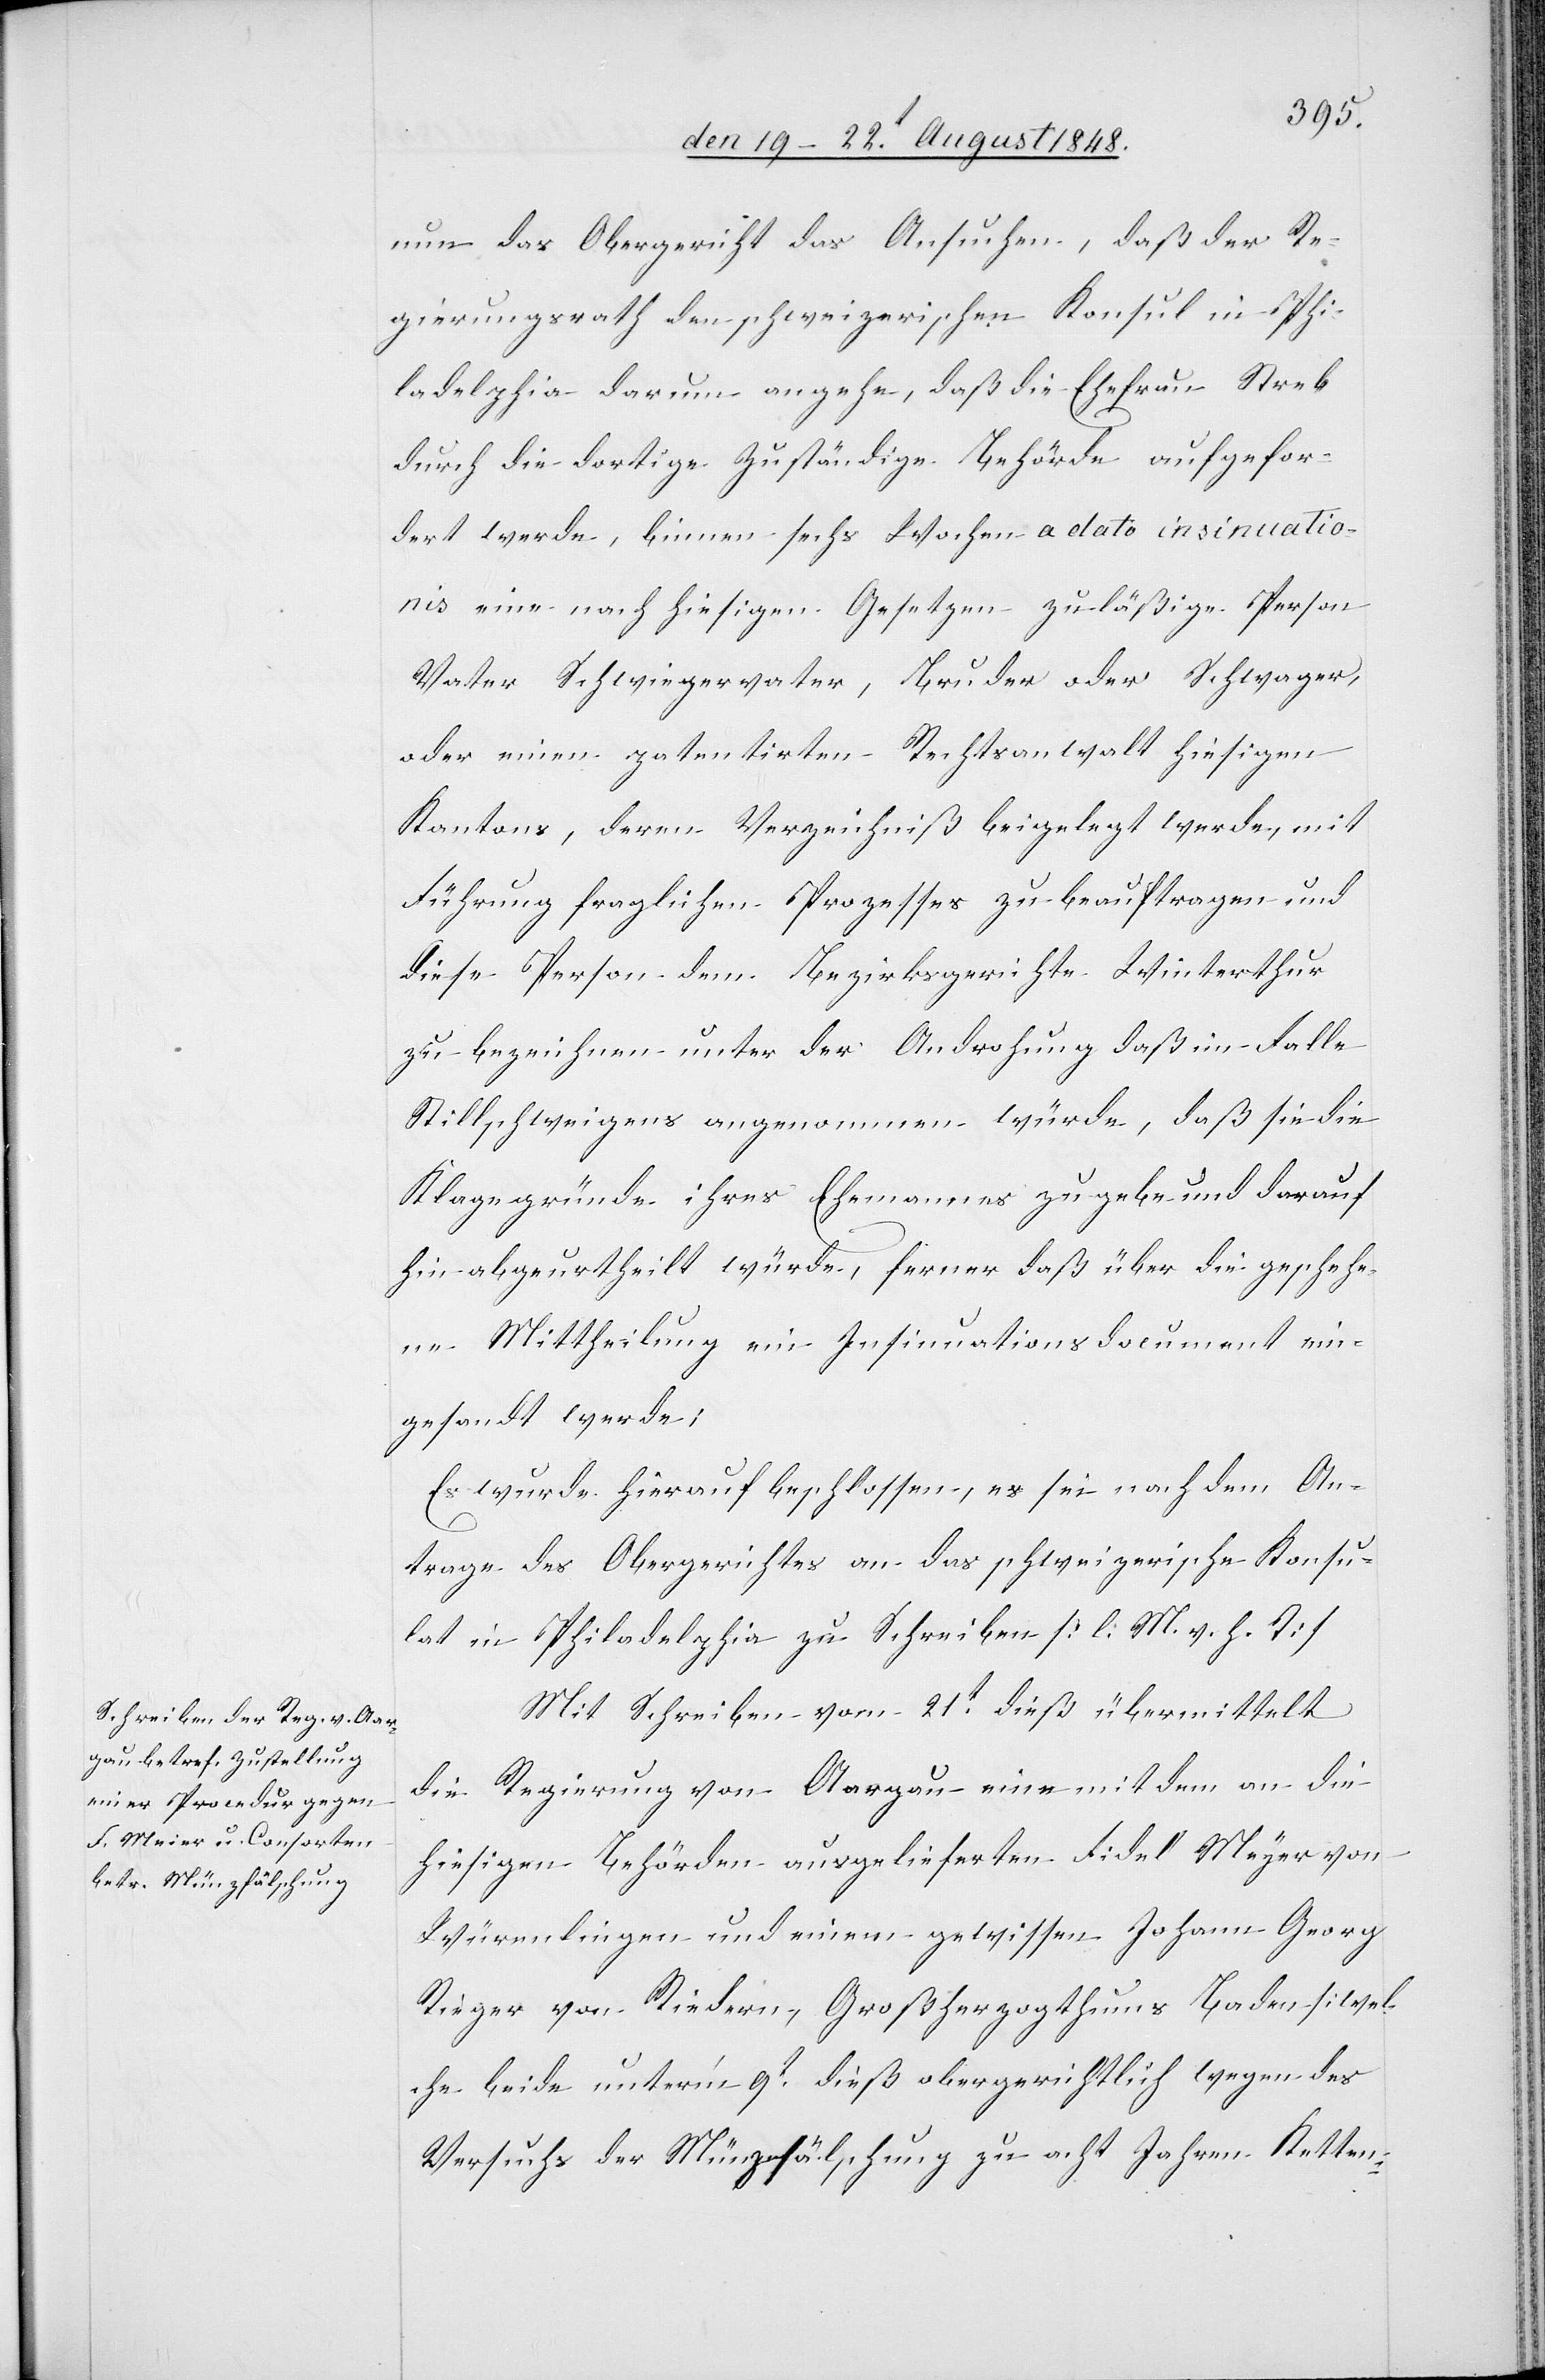
den 22t August 1848.]
nun das Obergericht das Ansuchen, daß der Re¬
gierungsrath den schweizerischen Konsul in Phi¬
ladelphia darum angehe, daß die Ehefrau Streb
durch die dortige zuständige Behörde aufgefor¬
dert werde, binnen sechs Wochen a dato insinuatio¬
nis eine nach hiesigen Gesetzen zuläßige Person
Vater Schwiegervater, Bruder oder Schwager,
oder einen patentirten Rechtsanwalt hiesigen
Kantons, deren Verzeichniß beigelegt werde, mit
Führung fraglichen Prozessen zu beauftragen und
diese Person dem Bezirksgerichte Winterthur
zu bezeichnen unter der Androhung daß im Falle
Stillschweigens angenommen würde, daß sie die
Klagegründe ihres Ehemannes zugebe und darauf
hin abgeurtheilt würde, ferner daß über die geschehe¬
ne Mittheilung ein Insinuationsdocument ein¬
gesandt werde;
Es wurde hierauf beschlossen, es sei nach dem An¬
trage des Obergerichtes an das schweizerische Konsu¬
lat in Philadelphia zu Schreiben. [l. M. v. h. T]
Mit Schreiben vom 21t dieß übermittelt
die Regierung von Aargau eine mit dem an die
hiesigen Behörden ausgelieferten Fidel Meyer von
Würenlingen und einen gewissen Johann Georg
Rieger von Riedern, Großherzogthums Baden [wel¬
che beide unterm 9t dieß obergerichtlich wegen des
Versuchs der Münzfälschung zu acht Jahren Ketten-